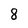
Character: 8